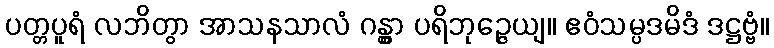
ပတ္တပူရံ လဘိတွာ အာသနသာလံ ဂန္တွာ ပရိဘုဉ္ဇေယျ။ ဧဝံသမ္ပဒမိဒံ ဒဋ္ဌဗ္ဗံ။